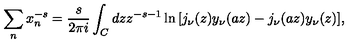
\sum _ { n } x _ { n } ^ { - s } = { \frac { s } { 2 \pi i } } \int _ { C } d z z ^ { - s - 1 } \ln { \left[ j _ { \nu } ( z ) y _ { \nu } ( a z ) - j _ { \nu } ( a z ) y _ { \nu } ( z ) \right] } ,